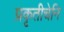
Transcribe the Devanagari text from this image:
प्रकृतीचेनि